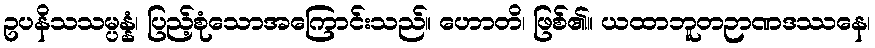
ဥပနိသသမ္ပန္နံ၊ ပြည့်စုံသောအကြောင်းသည်။ ဟောတိ၊ ဖြစ်၏။ ယထာဘူတဉာဏဒဿနေ၊